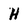
Character: H